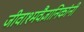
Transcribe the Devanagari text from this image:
जीवाश्मवैज्ञानिकांनी